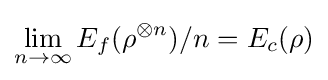
\lim _{n\to \infty }E_{f}(\rho ^{\otimes n})/n=E_{c}(\rho )